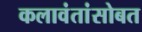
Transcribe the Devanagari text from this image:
कलावंतांसोबत